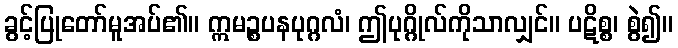
ခွင့်ပြုတော်မူအပ်၏။ ဣမဉ္စပနပုဂ္ဂလံ၊ ဤပုဂ္ဂိုလ်ကိုသာလျှင်။ ပဋိစ္စ၊ စွဲ၍။